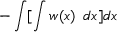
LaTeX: - \int [ \int w ( x ) \ \, d x ] d x